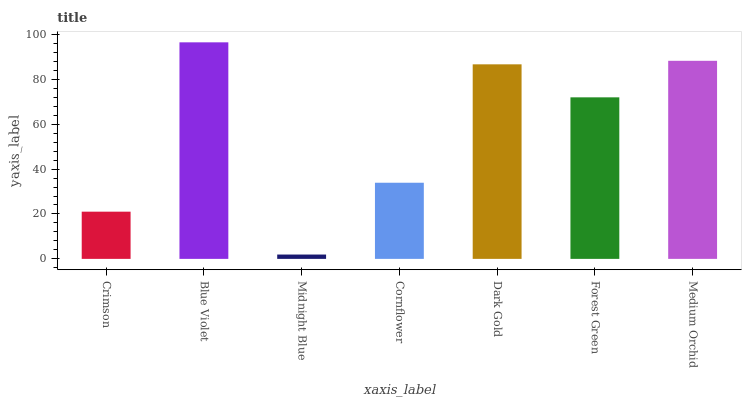
| xaxis_label | bars |
 | --- | --- |
 | Crimson | 21 |
 | Blue Violet | 96.5 |
 | Midnight Blue | 1.93 |
 | Cornflower | 33.9 |
 | Dark Gold | 86.7 |
 | Forest Green | 72 |
 | Medium Orchid | 88.2 |